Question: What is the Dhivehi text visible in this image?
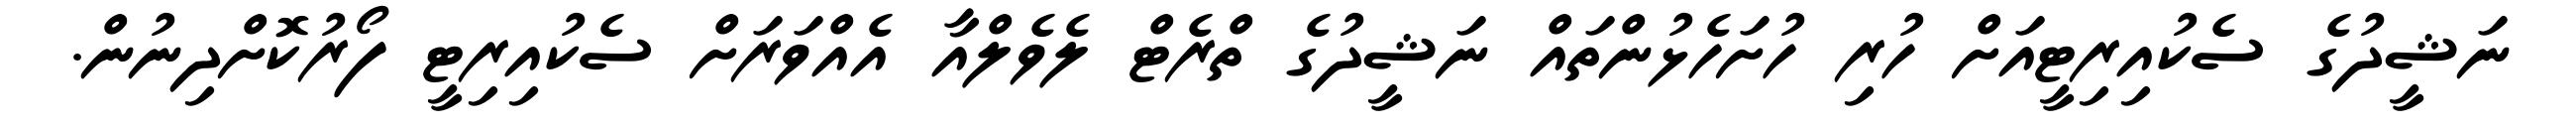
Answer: ނަޝީދުގެ ސެކުއިރިޓީއަށް ހުރި ހުށަހެޅުންތައް ނަޝީދުގެ ތްރެޓް ލެވެލްއާ އެއްވަރަށް ސެކުއިރިޓީ ފޯރުކޮށްދިނުން.